Annual report of the Punjab Veterinary College and of the Civil Veterinary Department, Punjab - 1894-1908
Year: 1894
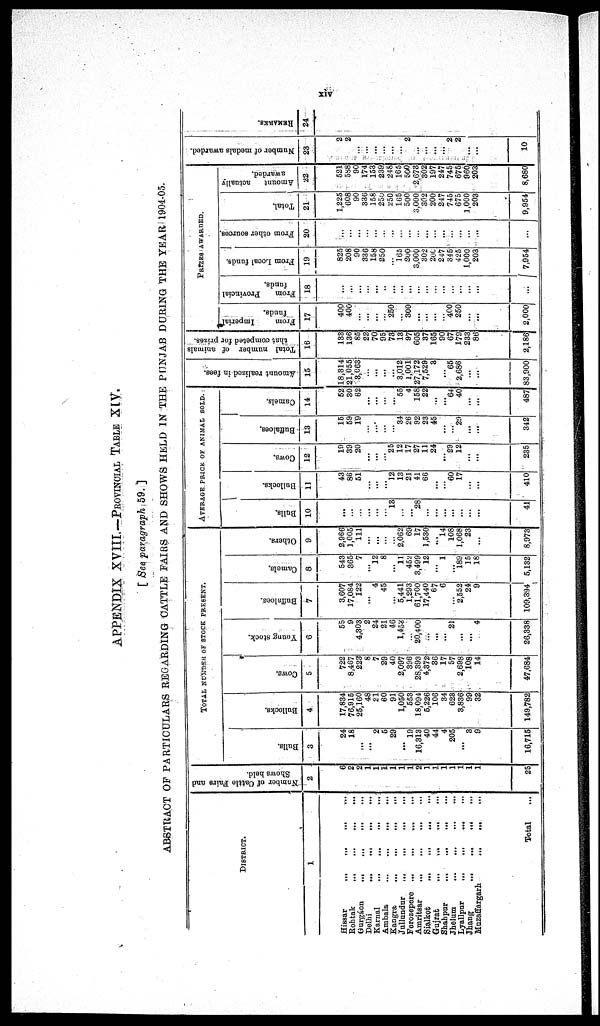
xiv
APPENDIX XVIII.—PROVINCIAL TABLE XIV.
[ See paragraph 59. ]
ABSTRACT OF PARTICULARS REGARDING CATTLE FAIRS AND SHOWS HELD IN THE PUNJAB DURING THE YEAR 1904-05.
DISTRICT.
1
Hissar ... ... ... ...
Rohtak ... ... ... ...
Gurgáon ... ... ... ...
Delhi ... ... ... ...
Karnal ... ... ... ...
Ambala ... ... ... ...
Kangra ... ... ... ...
Jullundur ... ... ... ...
Ferozepore ... ... ... ...
Amritsar ... ... ... ...
Sialkot ... ... ... ...
Gujrat ... ... ... ...
Shahpur ... ... ... ...
Jhelum ... ... ... ...
Lyallpur ... ... ... ...
Jhang ... ... ... ...
Muzaffargarh. ... ... ... ...
Total
Number of Cattle Fairs and
Shows held.
2
6
2
2
1
1
1
1
1
1
2
1
1
1 1
1
1
1
25
TOTAL NUMBER OF STOCK PRESENT.
Bulls.
3
24
18
...
...
2
5
29
...
19
16,313
40
44
4
205
...
3
9
16,715
Bullocks.
4
17,834
76,915
25,160
48
21
60
91
1,050
553
18,094
5,226
106
34
623
3,836
99
32
149,782
Cows.
5
722
8,467
223
8
7
29
40
2,097
396
28,393
4,372
36
17
57
2,698
108
14
47,684
Young stock.
6
55
9
4,303
2
24
21
46
l,453
...
20,400
...
...
...
21
...
...
4
26,338
Buffaloes.
7
3,607
17,084
122
...
4
45
...
5,441
1,293
61,700
17,440
67
6
...
2,552
24
9
109,394
Camels.
8
543
365
7
...
12
8
...
11
452
3,499
12
...
1
...
189
15
18
5,132
Others.
9
2,966
1,005
111
...
...
...
...
2,062
69
17
1,530
...
14
108
1,068
23
...
8,973
AVERAGE PRICE OF ANIMAL SOLD.
Bulls.
10
...
...
...
...
...
...
13
...
...
28
...
...
...
...
...
...
...
41
Bullocks.
11
43
86
51
...
...
...
12
13
21
4]
66
...
...
60
17
...
...
410
Cows.
12
19
39
20
...
...
...
25
12
17
27
11
24
...
29
12
...
...
235
Buffaloes.
13
15
59
19
...
...
...
...
34
26
92
23
45
...
...
29
...
...
342
Camels.
14
52
30
62
...
...
...
...
55
4
158
22
...
...
64
40
...
...
487
Amount realized in fees.
15
18,314
21,055
3,063
...
...
...
...
3,012
1,001
27,172
7,529
3
...
65
2,686
...
...
83,900
Total number of animals
that competed for prizes.
16
133
136
85
22
70
95
73
13
97
605
37
165
90
67
179
233
86
2,186
PRIZES AWARDED.
From
Imperial
funds.
17
400
400
...
...
...
...
250
...
300
...
...
...
...
400
250
...
...
2,000
From
Provincial
funds.
18
...
...
...
...
...
...
...
...
...
...
...
...
...
...
...
...
...
...
From Local funds.
19
825
208
90
336
158
250
...
165
200
3,000
302
200
247
345
425
1,000
203
7,954
From other sources.
20
...
...
...
...
...
...
...
...
...
...
...
...
...
...
...
...
...
...
Total.
21
1,225
608
90
330
158
250
250
165
500
3,000
302
200
247
745
675
1,000
203
9,954
Amount
actually
awarded.
22
521
588
90
174
153
239
248
165
500
2,673
302
197
247
745
675
960
203
8,680
Number of medals awarded.
23
2
2
...
...
...
...
...
...
2
...
...
...
...
2
2
...
...
10
RE MARKS .
24